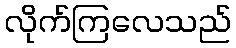
လိုက်ကြလေသည်